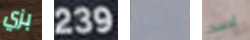
بزي 239 لقد أحسد